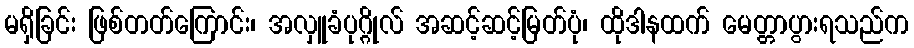
မရှိခြင်း ဖြစ်တတ်ကြောင်း၊ အလှူခံပုဂ္ဂိုလ် အဆင့်ဆင့်မြတ်ပုံ၊ ထိုဒါနထက် မေတ္တာပွားရသည်က